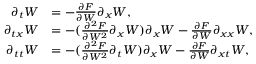
\begin{array} { r l } { \partial _ { t } W } & { = - \frac { \partial F } { \partial W } \partial _ { x } W , } \\ { \partial _ { t x } W } & { = - ( \frac { \partial ^ { 2 } F } { \partial W ^ { 2 } } \partial _ { x } W ) \partial _ { x } W - \frac { \partial F } { \partial W } \partial _ { x x } W , } \\ { \partial _ { t t } W } & { = - ( \frac { \partial ^ { 2 } F } { \partial W ^ { 2 } } \partial _ { t } W ) \partial _ { x } W - \frac { \partial F } { \partial W } \partial _ { x t } W , } \end{array}